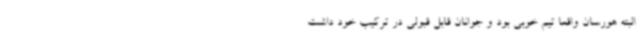
البته هورسان واقعا تیم خوبی بود و جوانان قابل قبولی در ترکیب خود داشت